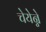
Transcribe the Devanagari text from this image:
चेयेन्ने